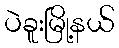
ပဲခူးမြို့နယ်